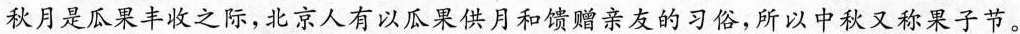
秋月是瓜果丰收之际，北京人有以瓜果供月和馈赠亲友的习俗，所以中秋又称果子节。